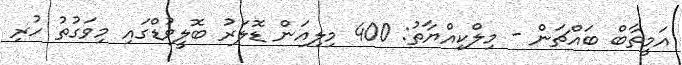
އަމީތާބް ބައްޗަން - މިލްކިއްޔާތު: 400 މިލިއަން ޑޮލަރު ބޮލީވުޑްގައި މިވަގުތު ހުރި